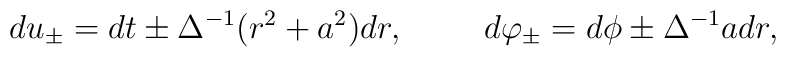
du_{\pm}=dt \pm \Delta^{-1} (r^2+a^2)dr,\hspace{1cm}d\varphi_{\pm}=d\phi \pm \Delta^{-1}a dr ,